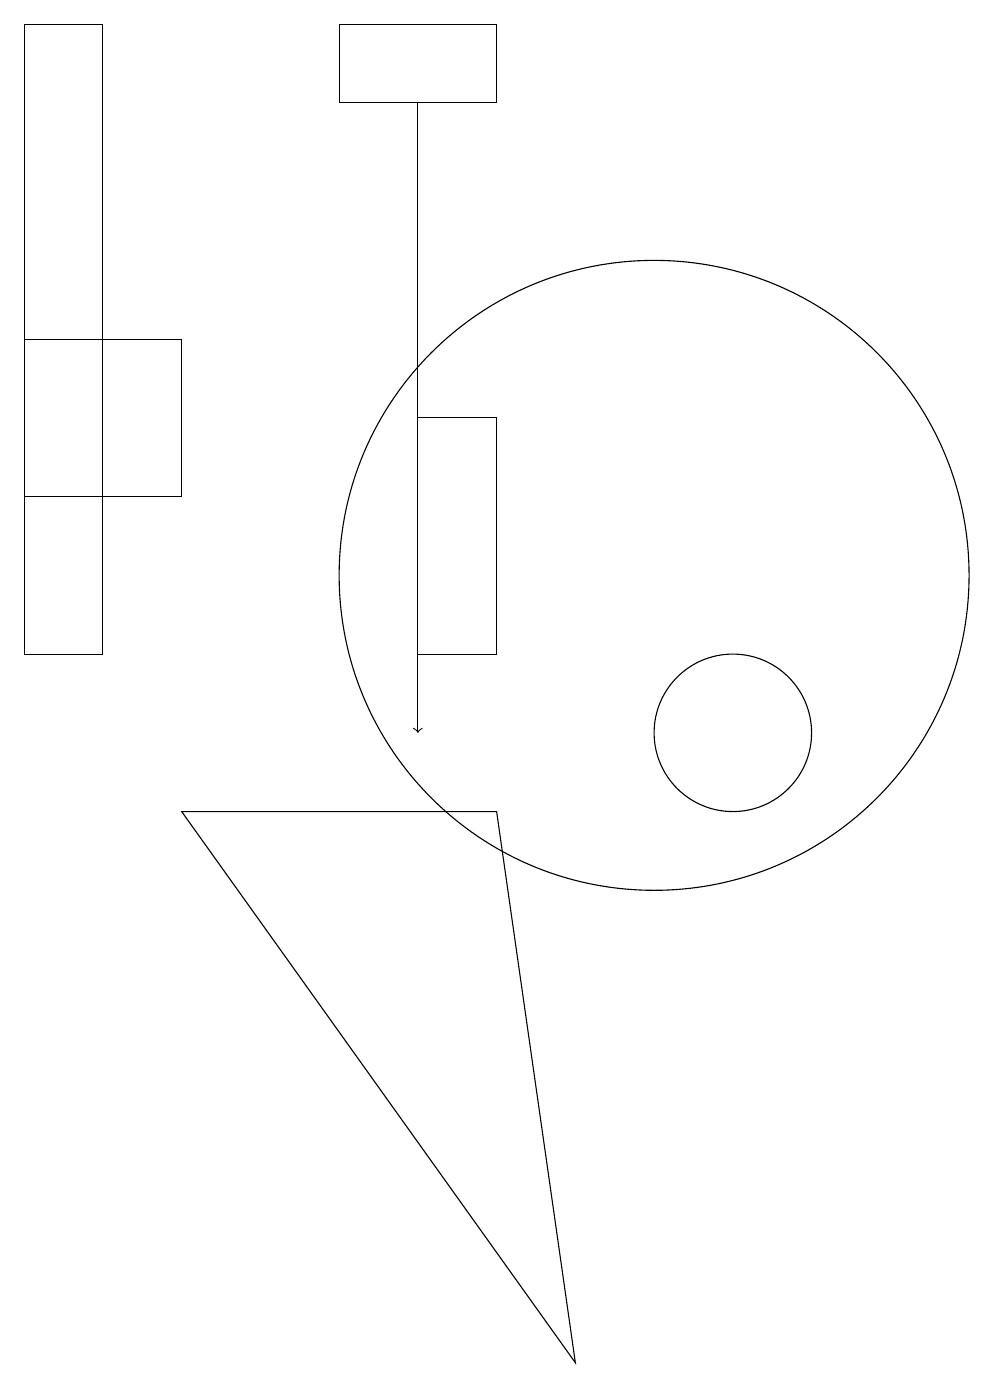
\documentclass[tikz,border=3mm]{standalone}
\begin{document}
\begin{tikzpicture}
\draw[->] (7,18) -- (7,10);
\draw (7,11) rectangle (8,14);
\draw (10,12) circle (4);
\draw (4,13) rectangle (2,15);
\draw (6,19) rectangle (8,18);
\draw (8,9) -- (9,2) -- (4,9) -- cycle;
\draw (3,11) rectangle (2,19);
\draw (11,10) circle (1);
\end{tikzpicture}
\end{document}